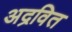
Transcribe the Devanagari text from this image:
अद्रवित